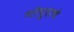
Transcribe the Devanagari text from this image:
गोपुराचे